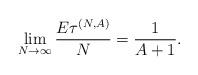
LaTeX: \begin{align*}\lim_{N\to\infty}\frac{E\tau^{(N,A)}}N=\frac1{A+1}.\end{align*}